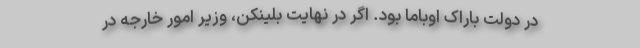
در دولت باراک اوباما بود. اگر در نهایت بلینکن، وزیر امور خارجه در